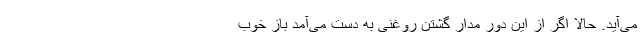
می‌آید. حالا اگر از این دورِ مدار گشتن روغنی به دست می‌آمد باز خوب